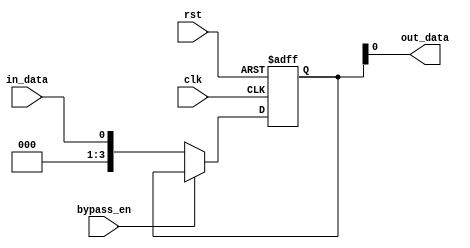
module CascadeBypassRegister (
    input wire clk,             // Clock input
    input wire rst,             // Reset input
    input wire bypass_en,       // Bypass enable signal
    input wire in_data,         // Input data signal
    output reg out_data         // Output data signal
);

reg [3:0] reg_data;

always @(posedge clk or posedge rst) begin
    if (rst) begin
        reg_data <= 4'b0;
    end else begin
        if (bypass_en) begin
            reg_data <= reg_data;  // Bypass the register
        end else begin
            reg_data <= in_data;    // Store input data in the register
        end
    end
end

assign out_data = reg_data;

endmodule